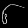
Digit: ၆